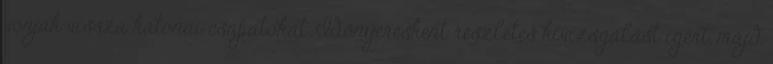
vonják vissza katonai csapatokat. Időnyerésként részletes kivizsgálást ígért, majd